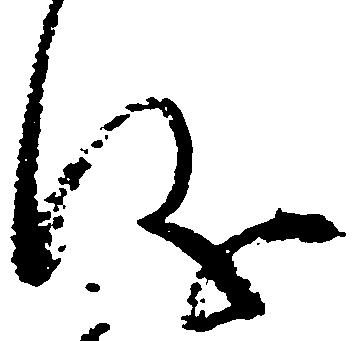
儀